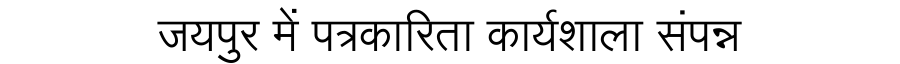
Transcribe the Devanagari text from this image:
जयपुर में पत्रकारिता कार्यशाला संपन्न